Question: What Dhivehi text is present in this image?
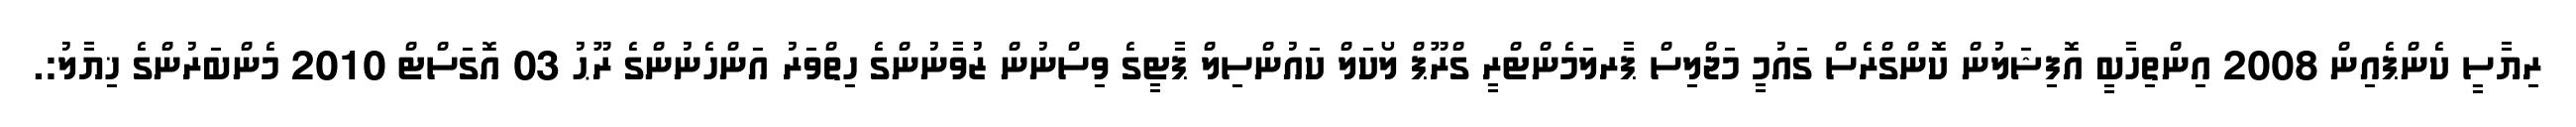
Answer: ރިޔާސީ ކެންޕެއިން 2008 އިންތިހާބީ އޮފިޝަލުން ކޮންގްރެސް ގައުމީ މަޖްލިސް ޕާރލަމެންޓްރީ ގްރޫޕް ލޯކަލް ކައުންސިލް ޕާޓީގެ ވިސްނުން ޒުވާނުންގެ ހިތްވަރު އަންހެނުންގެ ރޫޙު 03 އޮގަސްޓް 2010 މެންބަރުންގެ ޚިޔާލު:.